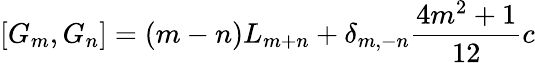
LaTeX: [G_{m},G_{n}]=(m-n)L_{m+n}+\delta_{m,-n}{\frac{4m^{2}+1}{12}}c